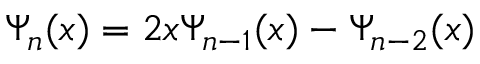
\Psi _ { n } ( x ) = 2 x \Psi _ { n - 1 } ( x ) - \Psi _ { n - 2 } ( x )